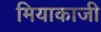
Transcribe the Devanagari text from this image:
मियाकाजी